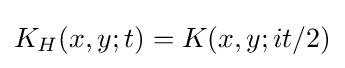
K_{H}(x,y;t)=K(x,y;it/2)